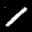
Label: 1